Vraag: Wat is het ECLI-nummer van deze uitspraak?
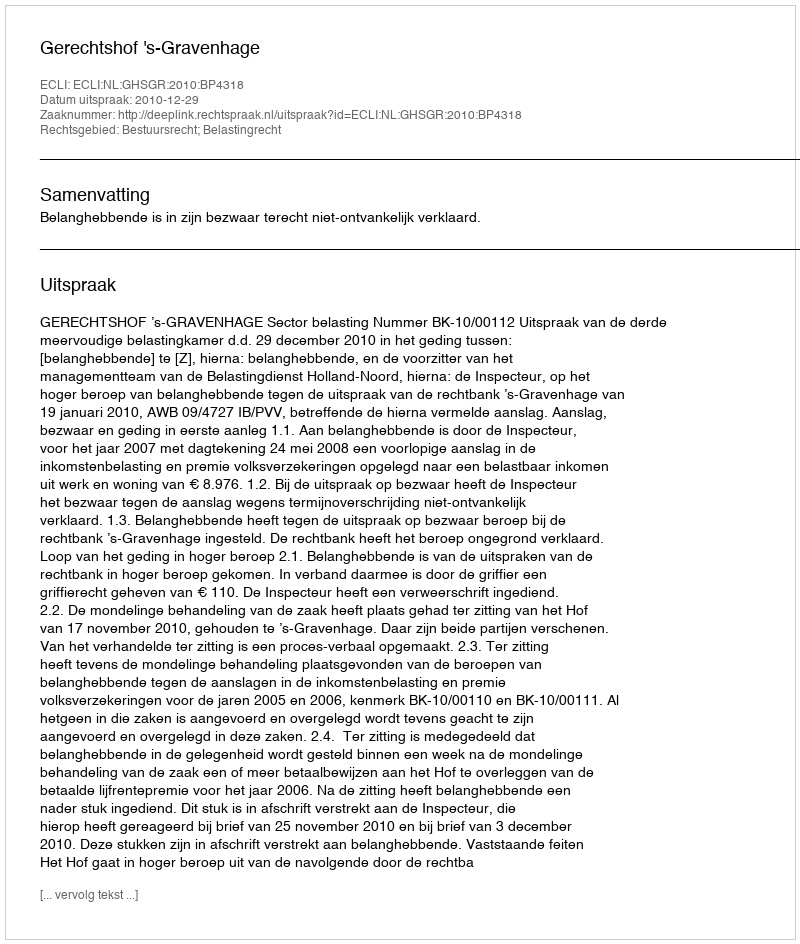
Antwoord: ECLI:NL:GHSGR:2010:BP4318